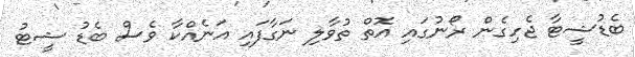
ބެޑުޝީޓާ ޖެހިގެން ރޯނުގައި އޮތް ތުވާލި ނަގާފައި އަނެއްކާ ވެސް ބެޑު ޝީޓު